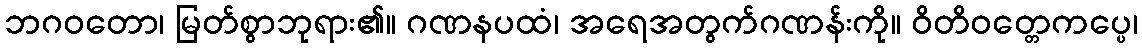
ဘဂဝတော၊ မြတ်စွာဘုရား၏။ ဂဏနပထံ၊ အရေအတွက်ဂဏန်းကို။ ဝိတိဝတ္တေကပ္ပေ၊